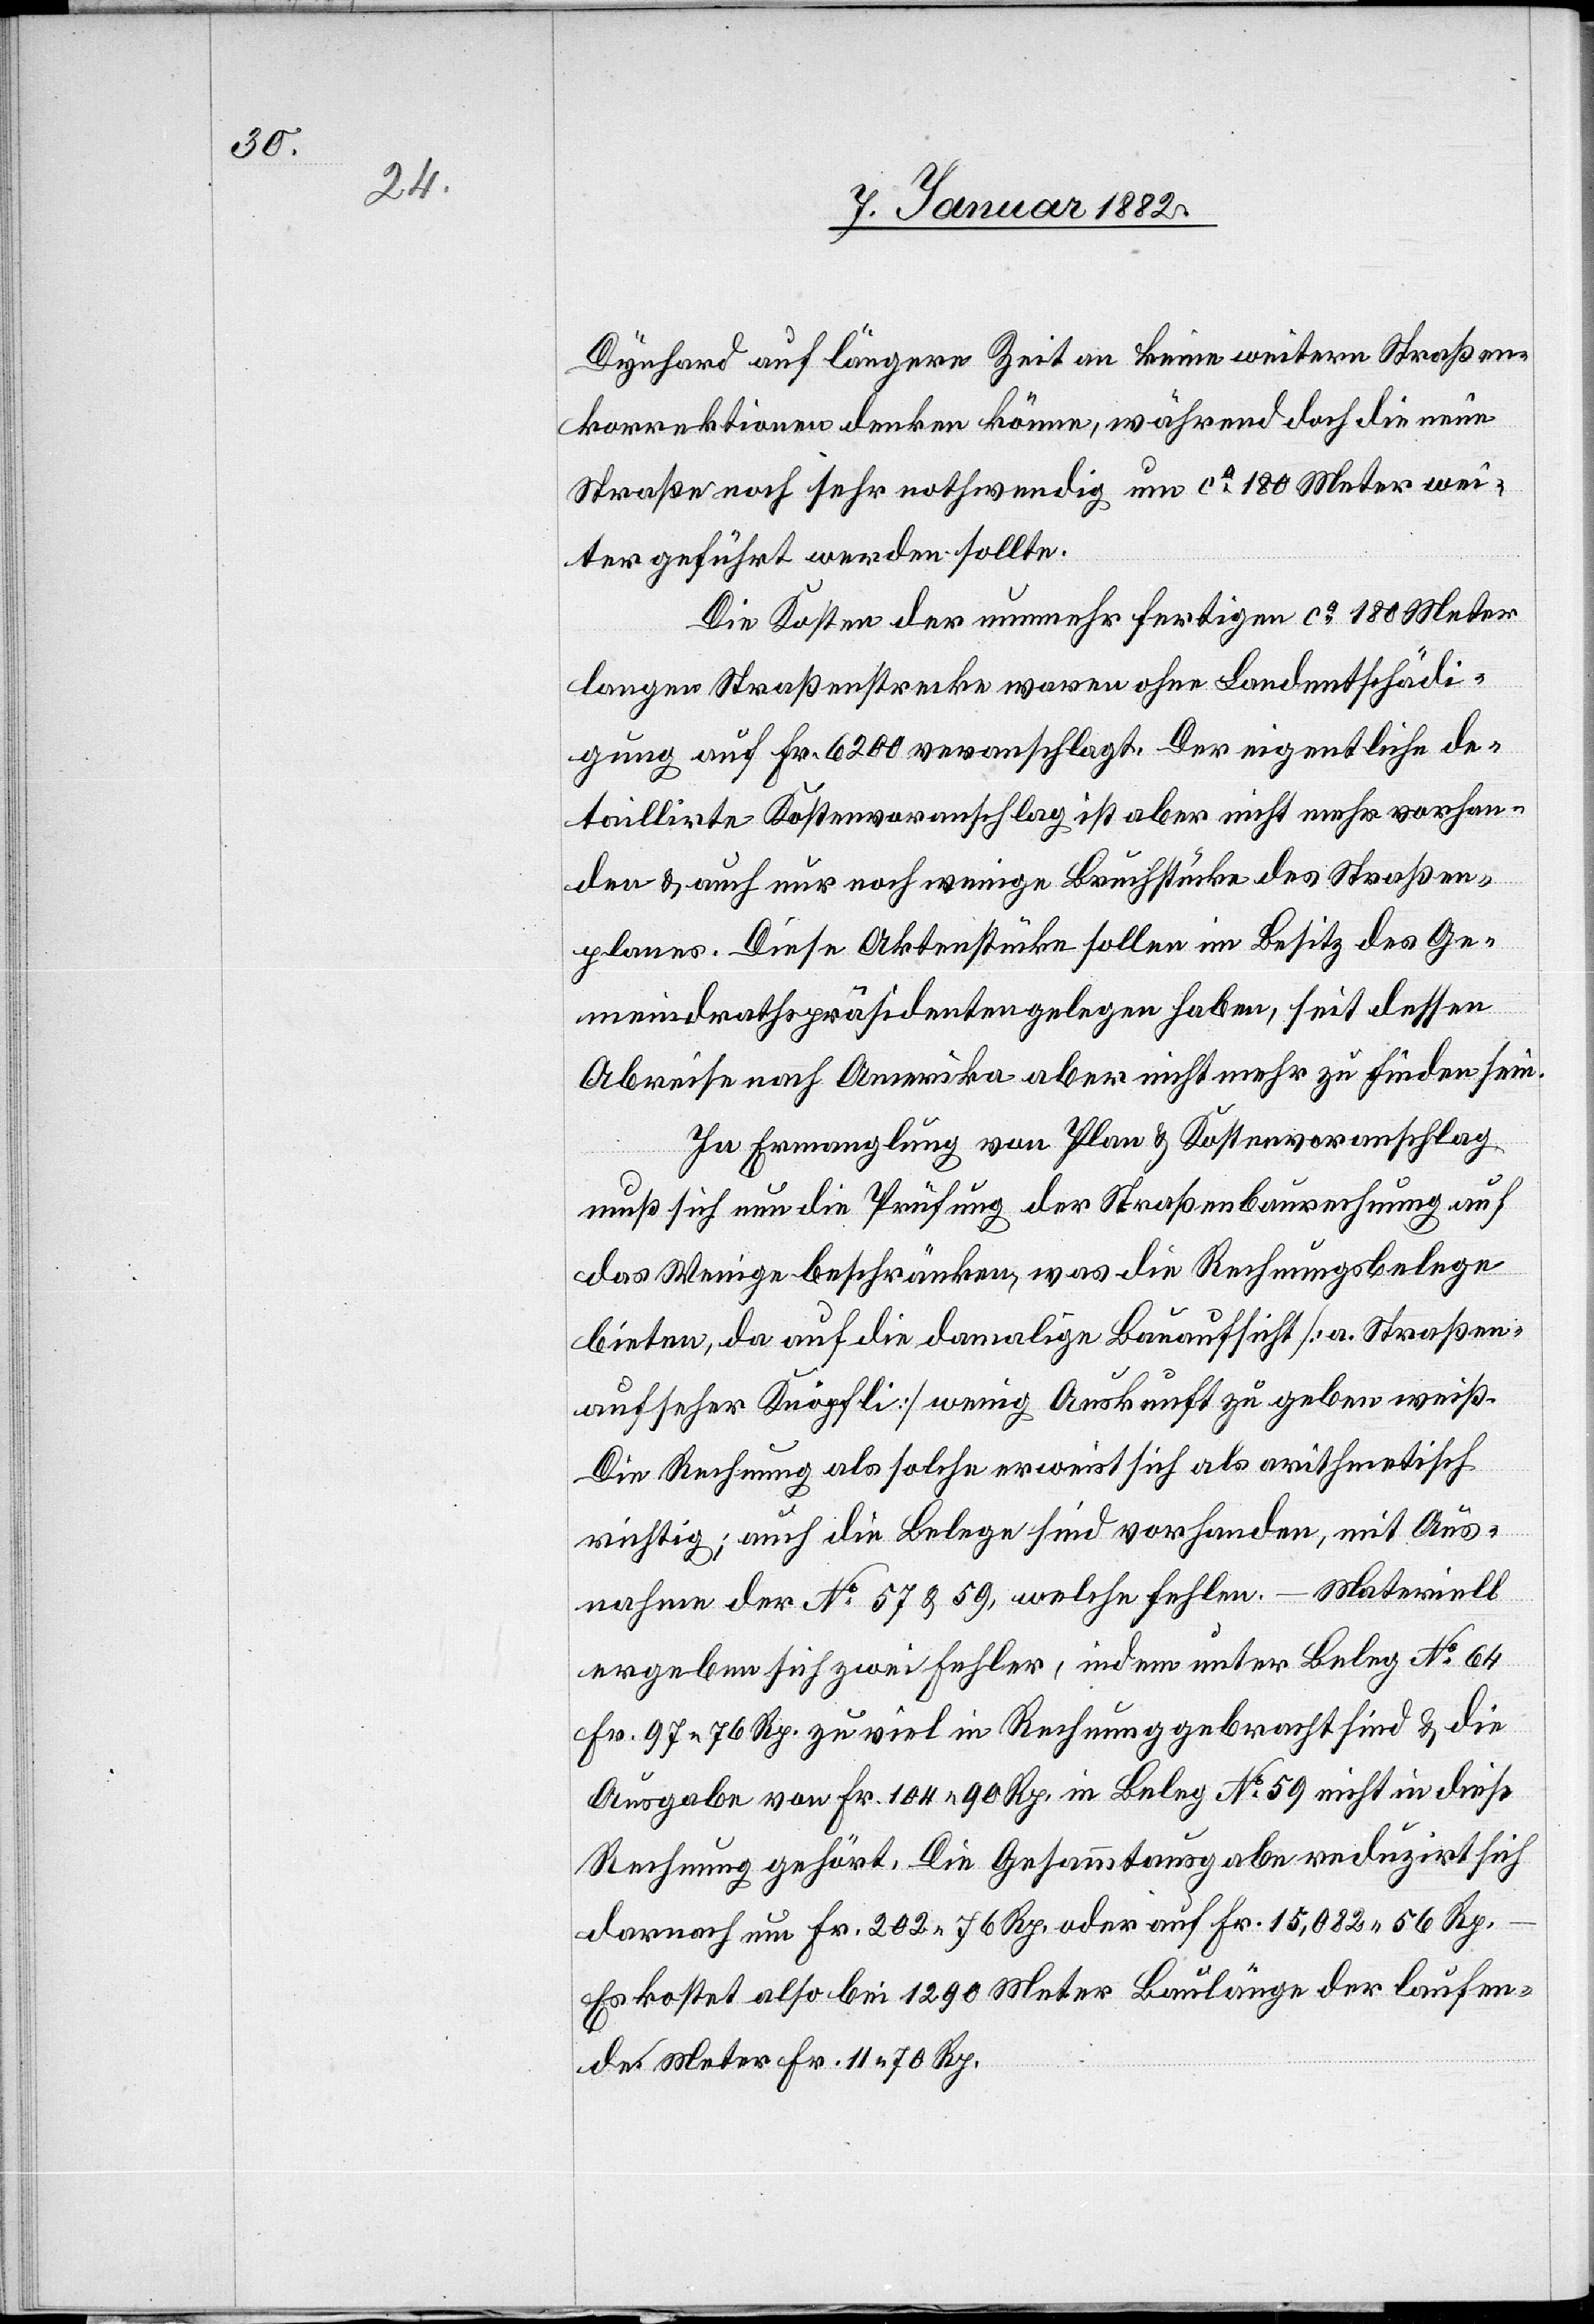
Dynhard auf längere Zeit an keine weiteren Straßen¬
korrektionen denken könne, während doch die neue
Straße noch sehr nothwendig um ca 180 Meter wei¬
tergeführt werden sollte.
Die Kosten der nunmehr fertigen ca 180 Meter
langen Straßenstrecke waren ohne Landentschädi¬
gung auf Fr. 6200 veranschlagt. Der eigentliche de¬
taillierte Kostenvoranschlag ist aber nicht mehr vorhan¬
den & auch nur noch wenige Bruchstücke des Straßen¬
planes. Diese Aktenstücke sollen im Besitz des Ge¬
meindrathspräsidenten gelegen haben, seit dessen
Abreise nach Amerika aber nicht mehr zu finden sein.
In Ermanglung von Plan & Kostenvoranschlag
muß sich nun die Prüfung der Straßenbaurechnung auf
das Wenige beschränken, was die Rechnungsbelege
bieten, da auf die damalige Bauaufsicht [a. Straßen¬
aufseher Knöpfli] wenig Auskunft zu geben weiß.
Die Rechnung als solche erweist sich als arithmetisch
richtig; auch die Belege sind vorhanden, mit Aus¬
nahme der No 57 & 59, welche fehlen. – Materiell
ergeben sich zwei Fehler, indem unter Beleg No 64
Fr. 97 76 Rp. zu viel in Rechnung gebracht sind & die
Ausgabe von Fr. 104 90 Rp. in Beleg No 59 nicht in diese
Rechnung gehört. Die Gesammtausgabe reduziert sich
darnoch um Fr. 202 76 Rp. oder auf Fr. 15,082 56 Rp.
Es kostet also bei 1290 Meter Baulänge der laufen¬
de Meter Fr. 11 70 Rp.